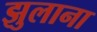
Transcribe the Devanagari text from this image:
झुलाना